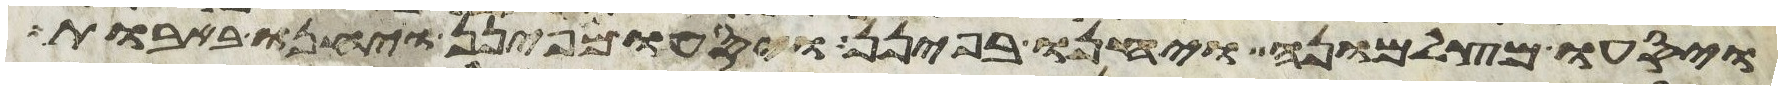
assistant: ויסעו מצלמונה ויחנו בפינן ויסעו מפינן ויחנו באבות